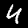
Digit: 4